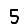
Digit: 5